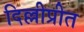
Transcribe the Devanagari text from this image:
दिल्लीप्रीत